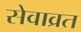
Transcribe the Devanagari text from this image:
सेवाव्रत